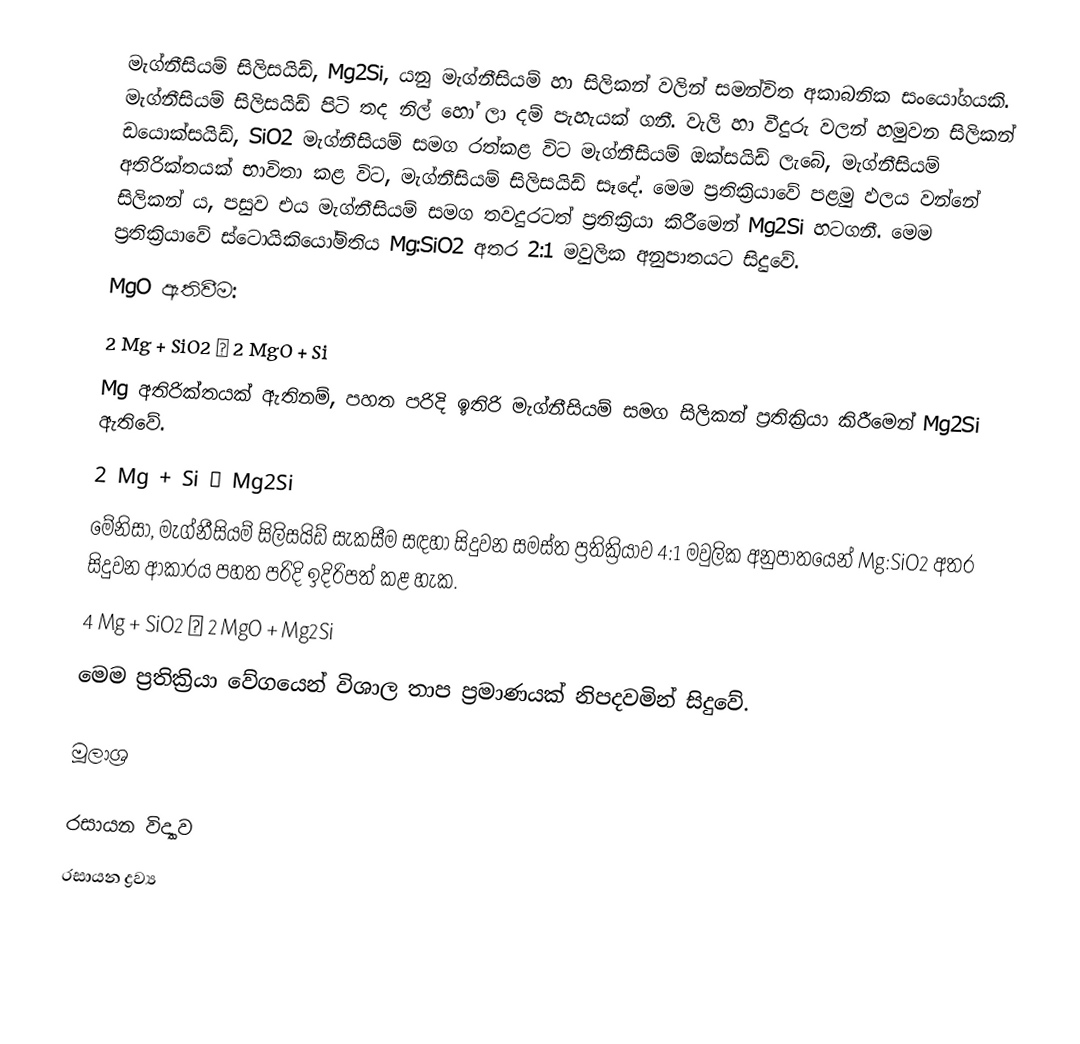
මැග්නීසියම් සිලිසයිඩ්, Mg2Si, යනු මැග්නීසියම් හා සිලිකන් වලින් සමන්විත අකාබනික සංයෝගයකි. මැග්නීසියම් සිලිසයිඩ් පිටි තද නිල් හෝ ලා දම් පැහැයක් ගනී. වැලි හා වීදුරු වලන් හමුවන සිලිකන් ඩයොක්සයිඩ්, SiO2 මැග්නීසියම් සමග රත්කළ විට මැග්නීසියම් ඔක්සයිඩ් ලැබේ, මැග්නීසියම් අතිරික්තයක් භාවිතා කළ විට, මැග්නීසියම් සිලිසයිඩ් සෑදේ. මෙම ප්‍රතික්‍රියාවේ පළමු ඵලය වන්නේ සිලිකන් ය, පසුව එය මැග්නීසියම් සමග තවදුරටත් ප්‍රතික්‍රියා කිරීමෙන් Mg2Si හටගනී. මෙම ප්‍රතික්‍රියාවේ ස්ටොයිකියෝමිතිය Mg:SiO2  අතර 2:1 මවුලික අනුපාතයට සිදුවේ.
MgO ඇතිවීම:
2 Mg + SiO2 → 2 MgO + Si
Mg අතිරික්තයක් ඇතිනම්, පහත පරිදි ඉතිරි මැග්නීසියම් සමග සිලිකන් ප්‍රතික්‍රියා කිරීමෙන් Mg2Si ඇතිවේ.
2 Mg + Si → Mg2Si
මේනිසා, මැග්නීසියම් සිලිසයිඩ් සැකසීම සඳහා සිදුවන සමස්ත ප්‍රතික්‍රියාව 4:1 මවුලික අනුපාතයෙන් Mg:SiO2 අතර සිදුවන ආකාරය පහත පරිදි ඉදිරිපත් කළ හැක.
4 Mg + SiO2 → 2 MgO + Mg2Si
මෙම ප්‍රතික්‍රියා වේගයෙන් විශාල තාප ප්‍රමාණයක් නිපදවමින් සිදුවේ.

මූලාශ්‍ර

රසායන විද්‍යාව
රසායන ද්‍රව්‍ය